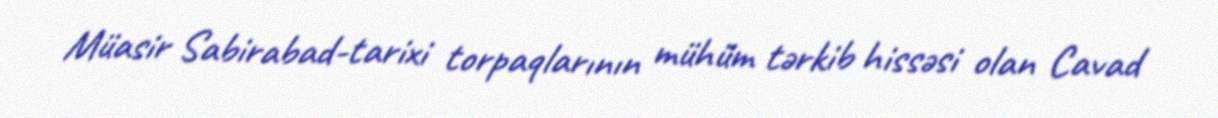
Müasir Sabirabad-tarixi torpaqlarının mühüm tərkib hissəsi olan Cavad